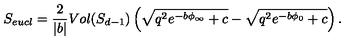
S _ { e u c l } = { \frac { 2 } { | b | } } V o l ( S _ { d - 1 } ) \left( \sqrt { q ^ { 2 } e ^ { - b \phi _ { \infty } } + c } - \sqrt { q ^ { 2 } e ^ { - b \phi _ { 0 } } + c } \right) .